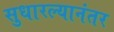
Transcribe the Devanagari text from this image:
सुधारल्यानंतर